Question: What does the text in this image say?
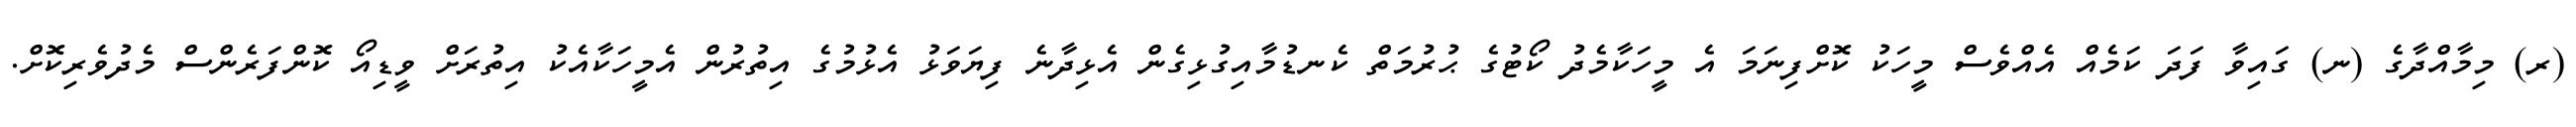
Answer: (ރ) މިމާއްދާގެ (ނ) ގައިވާ ފަދަ ކަމެއް އެއްވެސް މީހަކު ކޮށްފިނަމަ އެ މީހަކާމެދު ކޯޓުގެ ޙުރުމަތް ކެނޑުމާއިގުޅިގެން އެޅިދާނެ ފިޔަވަޅު އެޅުމުގެ އިތުރުން އެމީހަކާއެކު އިތުރަށް ވީޑިއޯ ކޮންފަރެންސް މެދުވެރިކޮށް.